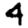
Digit: 4